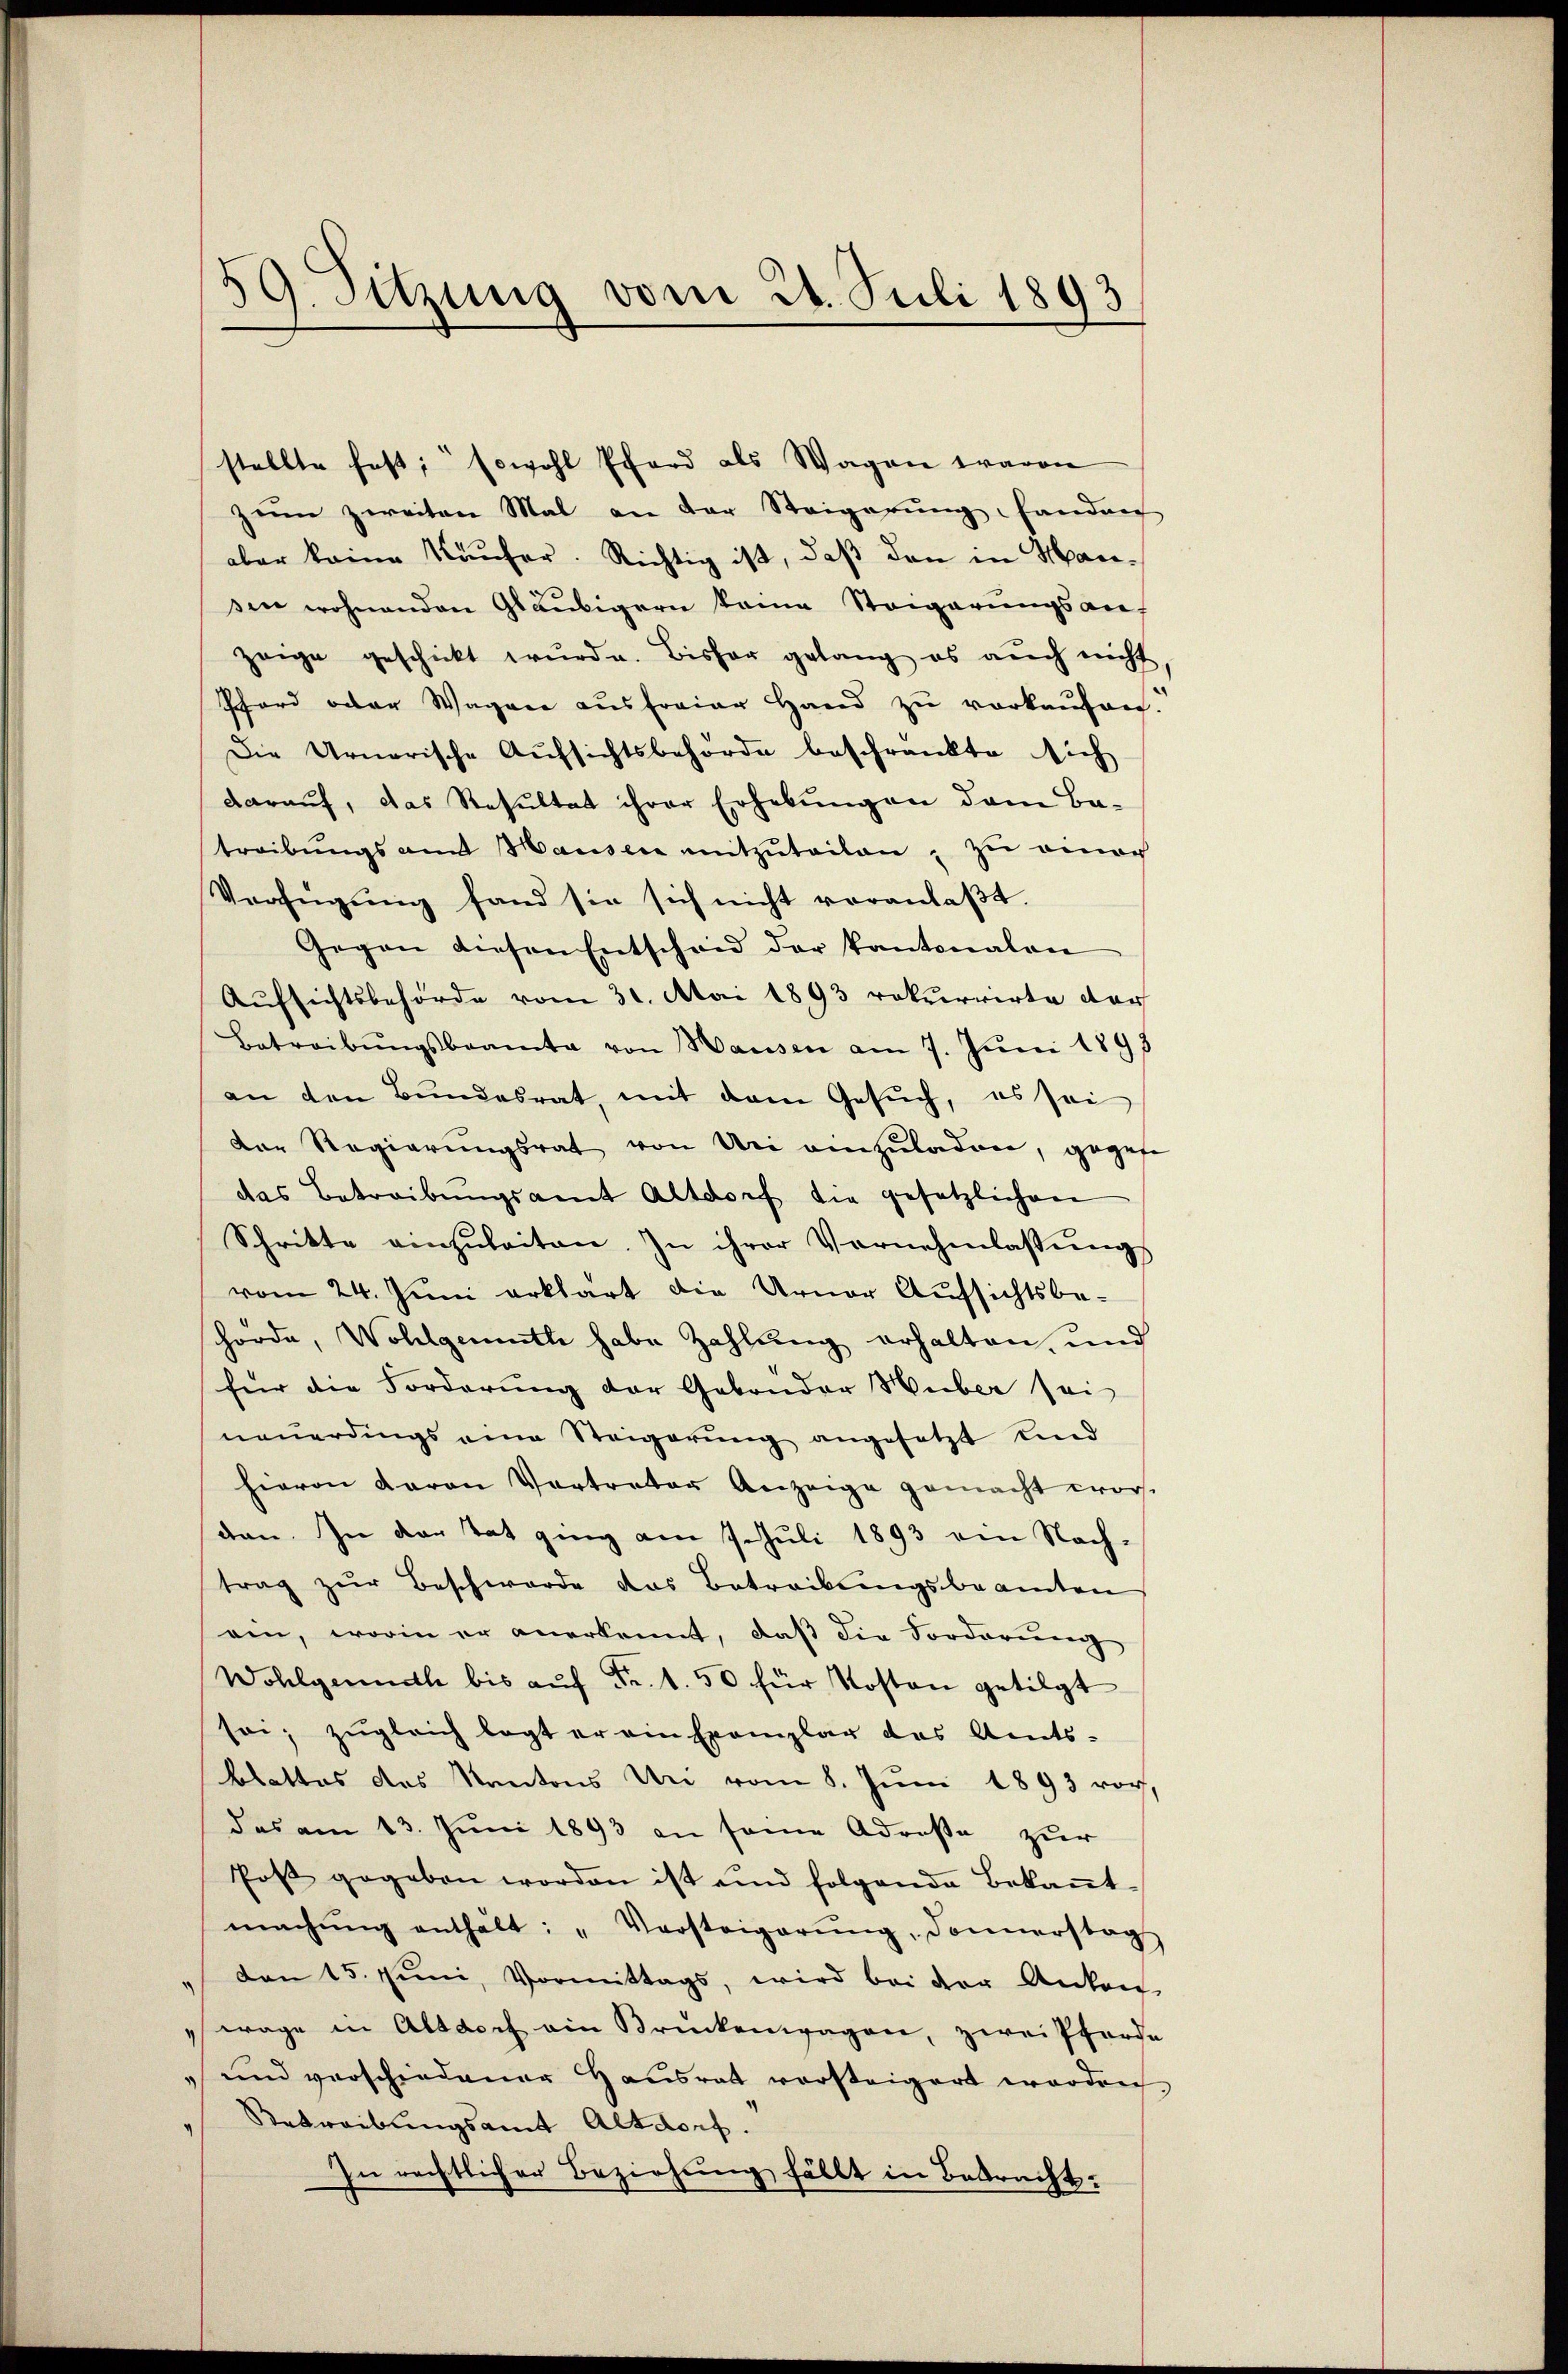
59. Sitzung vom 21. Juli 1893

stellte fest; sowohl Pfard als Wagen waren
zum zweiten Mal an der Steigerŭng handen
aber keine Käufer. Richtig ist, daß den in Mansen wohnenden Gläubigern keine Steigerŭngsan-
zeige geschickt wŭrde. Bisher gelang es aŭch nicht
Phard oder Wagen aŭsfreier Hand zŭ verkaŭfen.
Die Urnerische Aufsichtsbehörde beschränkte sich
darauf, das Resultat ihrer Erhebungen dem Batreibŭngsamt Hausen mitzŭteilen, zu einer
Verfügŭng fand sie sich nicht veranlaβt.
Gegen diesen Entscheid der Kantonalen
Aufsichtsbehörde vom 31. Mai 1893 rekurrirte dar
Betreibŭngsbeamte von Hausen am 7. Juni 1893
an den Bŭndesrat, mit dem Gesŭch, es sei
der Regierŭngsrat von Uri anzŭladen, gegebe
das Betreibŭngsamt Altdorf die gesetzlichen
Schritte einzŭleiten. In ihrer Vernehmlassŭng
vom 24. Juni erklärt die Urner Aufsichtsbe-
schorde, Wohlgemuth habe Zahlung erhalten, und
für die Forderung der Gebonder Huber sei
neuerdings eine Steigerŭng angesetzt und
hievon davon Vertreter Anzeige gemacht worde
den. In der Tat ging am 7. Juli 1893 ein Nach-
trag zŭr Beschwerde das Betreibungsbeamten
ain, worin er anerkannt, daß die Forderung
Wohlgemuth bis aŭf Fr. 1. 50 für Kosten getilgt
sei; zugleich legt er ein Exemplar das Amts-
blattes des Kantons Un vom 8. Juni 1893 vor
das am 13. Juni 1893 an seine Adresse zur
Post gegeben worden ist und folgende Bekaṅt
machŭng enthält: „Versteigerŭng, Donnerstag
den 15. Juni, Vormittags, wird bei der Anton
wage in Altdoch ein Brückenwagen, zwei Pferde
und verschiedener Hausrat vorsteigert worden
Betreibungsamt Altdorf.
In rechtlicher Beziehung fällt in Betracht: